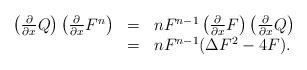
LaTeX: \begin{align*}\begin{array}{rcl}\left({\partial\over\partial x }Q\right)\left({\partial\over\partial x }F^{n}\right)&=&nF^{n-1}\left({\partial \over\partial x }F \right) \left({\partial\over\partial x }Q\right)\\&=& nF^{n-1}(\Delta F^{2}-4F).\end{array}\end{align*}